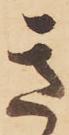
き